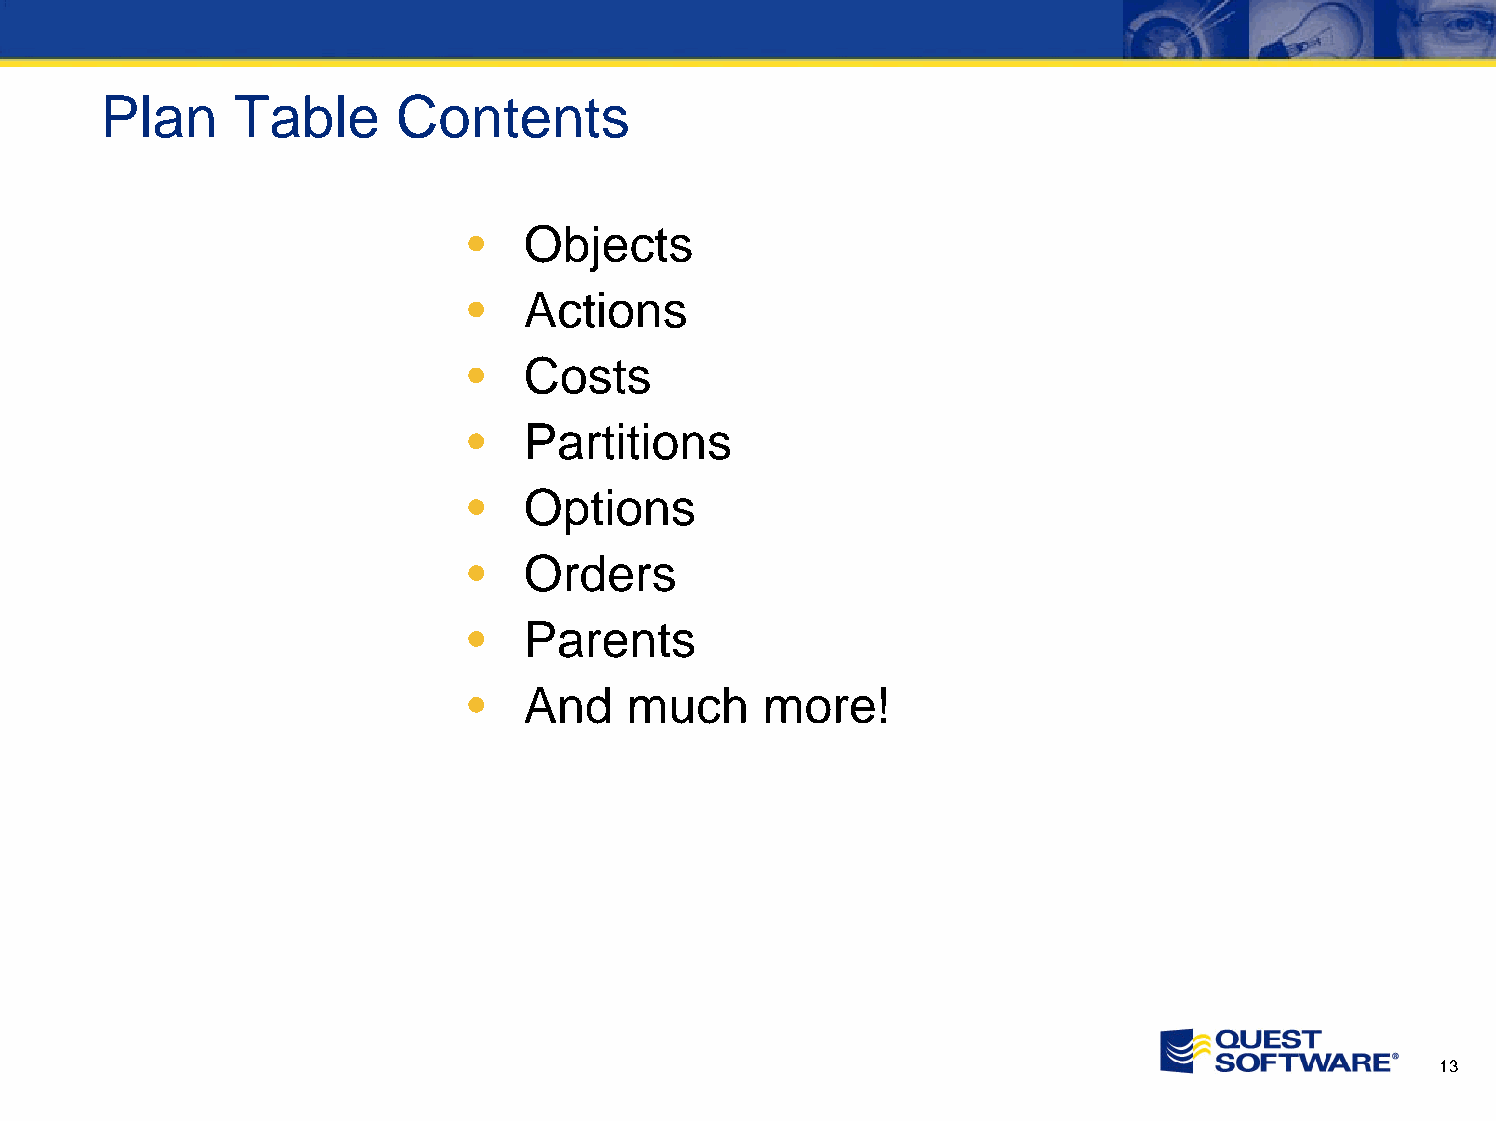
Plan     Table     Contents
 •   Objects
 •   Actions
 •   Costs
 •   Partitions
 •   Options
 •   Orders
 •   Parents
 •   And    much     more!
 13